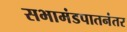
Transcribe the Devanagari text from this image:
सभामंडपातनंतर